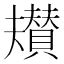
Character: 𮚡